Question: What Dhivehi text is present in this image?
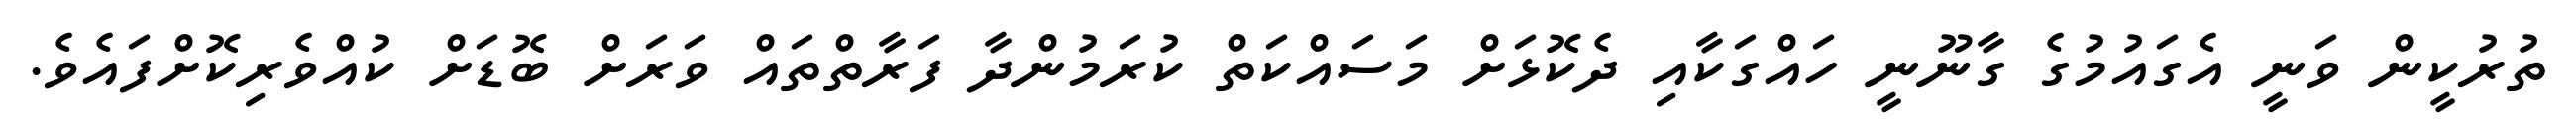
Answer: ތުރުކީން ވަނީ އެގައުމުގެ ގާނޫނީ ހައްގަކާއި ދެކޮޅަށް މަސައްކަތް ކުރަމުންދާ ފަރާތްތައް ވަރަށް ބޮޑަށް ކުއްވެރިކޮށްފައެވެ.